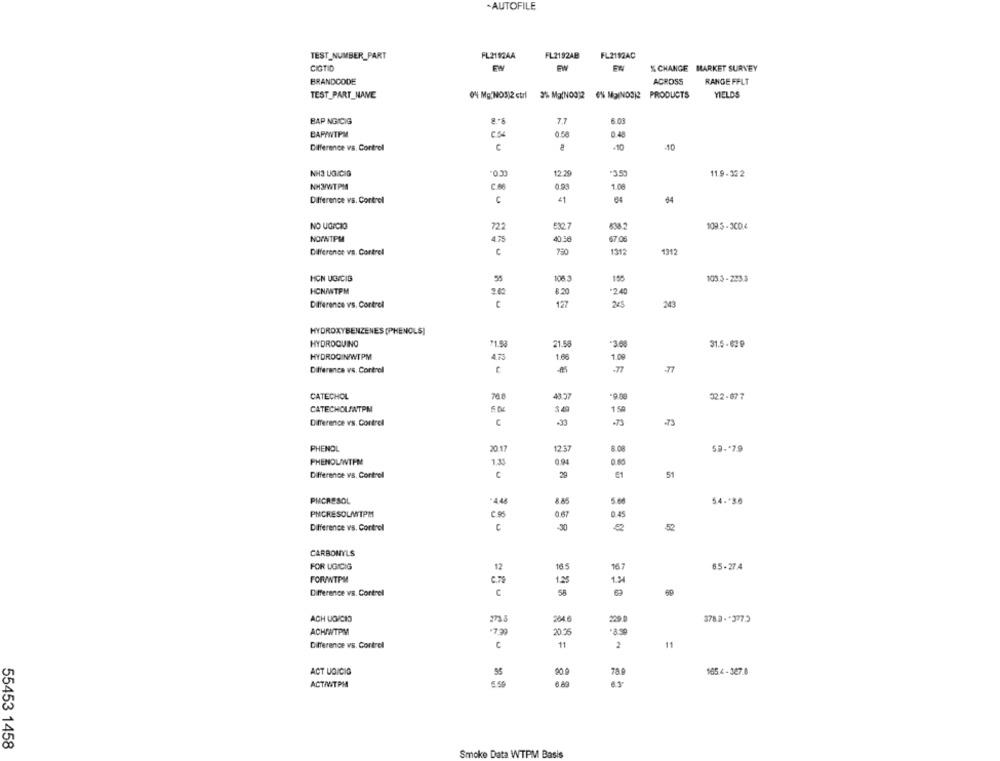
-AUTOFILE
FL2112AC
TEST_NUMBER_PART
FL2112AA
FL2192AB
CIGTID
FA
FW
% CHANGE MARKET SURVEY
BRANDCODE
ACROSS
RANGE FFLT
TEST_PART_NANE
0% MENOS)2 ctrl 3% Mg(N00)2 6% MalNOSI2 PRODUCTS
YIELDS
BAP NGICIG
7.7
6.00
BAPYWTPM
C54
0.50
0.48
-10
Difference vs. Cortrel
C
40
NH3 UGICIG
0.30
12.29
11.9 - 32 2
C.66
1.00
Difference vs. Control
U
NO UGICIO
722
6327
109.5-300,4
NOANTPM
4.75
40.56
67.06
Difference vs. Cortrel
750
1312
1312
HON UGICIG
55
108.3
103.3 - 223.3
HCNANTPM
*2.40
2.62
:20
Difference vs. Cortrel
17
2kg
243
HYDROXYBENZENES [PHENOLS]
HYDROQUINO
71.53
21.58
31.5 - 629
HYDROO N/WTPM
4.73
1.66
1.09
Difference vs. Cortrel
-77
CATECHOL
43.57
322-677
CATECHOLANTPM
1.49
1 50
Difference vs. Cortrel
C
-79
-73
PHENOL
20 17
12.37
8.08
53. 79
PHENOLWTEM
0.94
0.60
Difference vs. Cortrel
C
29
€1
51
PHCRESOL
8.85
5.00
54 .* 36
PNCRESOLATPM
0.67
0.45
Difference vs. Control
-30
52
CARBONYLS
FOR UGICIG
12
16.5
167
65-27.4
FORANTPM
1.25
1.34
C.78
Difference vs. Cortrel
58
ACH UCICIO
273.3
te z.
264 6
378.2 .* 3775
ACHANTPM
20.6
3.39
Difference vs. Cortrel
11
2
11
ACT UDICIO
90 0
78.0
165.4 - 327.8
ACTIVITPIA
5.50
55453 1458
Smoke Data WTPM Basis